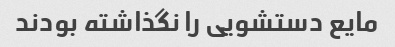
مایع دستشویی را نگذاشته بودند